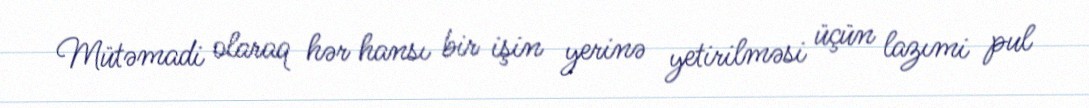
Mütəmadi olaraq hər hansı bir işin yerinə yetirilməsi üçün lazımi pul